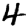
Digit: 4